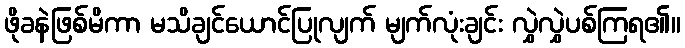
ဖိုခနဲဖြစ်မိကာ မသိချင်ယောင်ပြုလျက် မျက်လုံးချင်း လွှဲလွှဲပစ်ကြရ၏။